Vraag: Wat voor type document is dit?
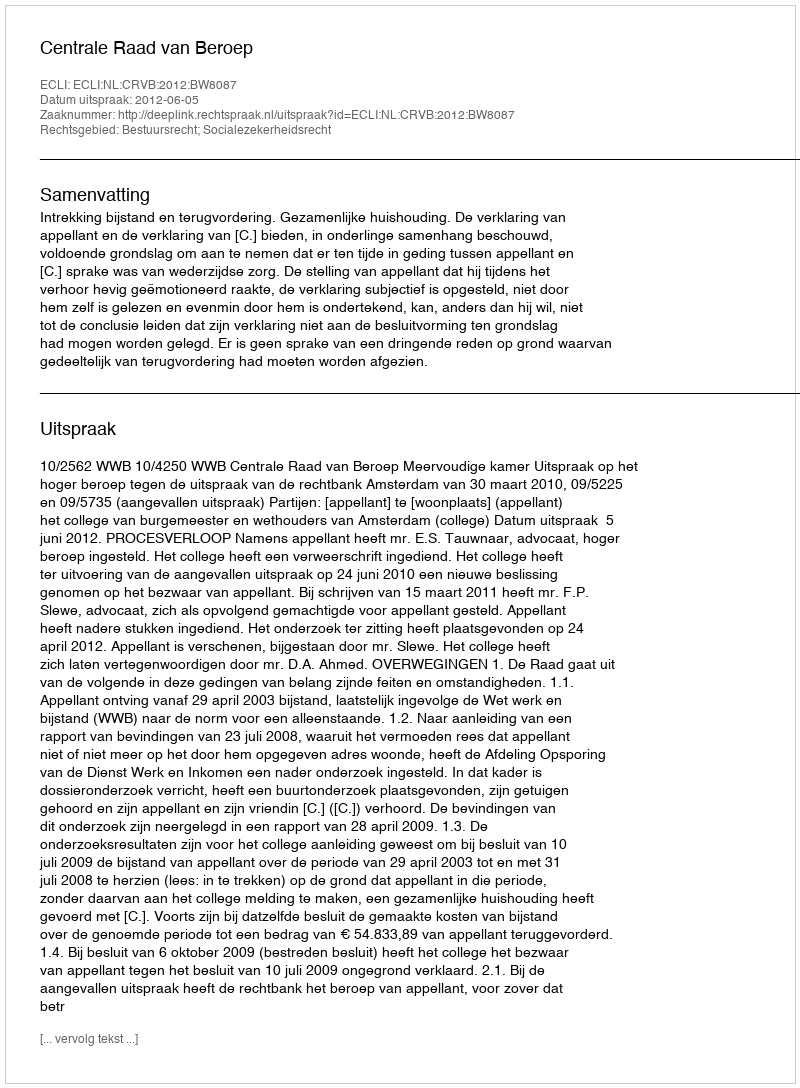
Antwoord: Uitspraak